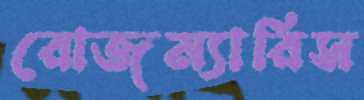
রোজম্যারিস